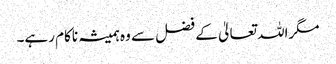
مگراللہ تعالیٰ کے فضل سے وہ ہمیشہ ناکام رہے۔